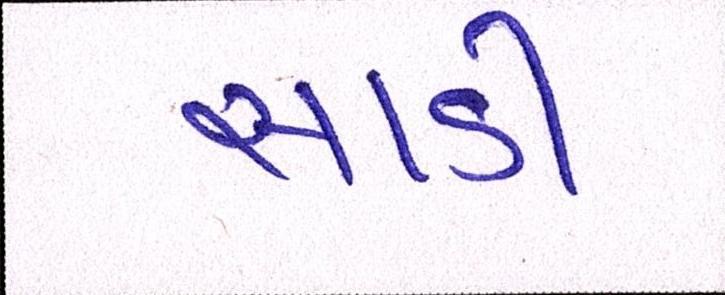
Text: સાડી